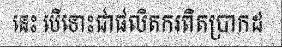
នេះ បើទោះជាផលិតករពិតប្រាកដ